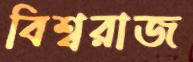
বিশ্বরাজ